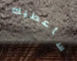
سأعطيك